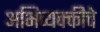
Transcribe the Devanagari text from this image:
अभिव्यक्क्तीचे